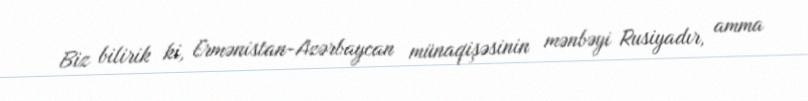
Biz bilirik ki, Ermənistan-Azərbaycan münaqişəsinin mənbəyi Rusiyadır, amma